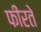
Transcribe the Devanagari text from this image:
फीरते